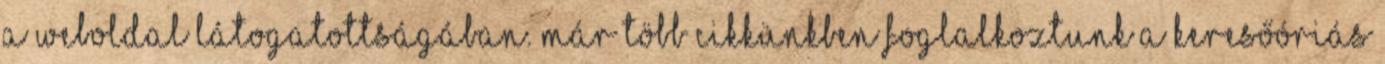
a weboldal látogatottságában. Már több cikkünkben foglalkoztunk a keresőóriás